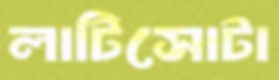
লাটিসোটা